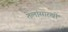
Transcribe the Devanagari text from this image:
तेलांसारखी